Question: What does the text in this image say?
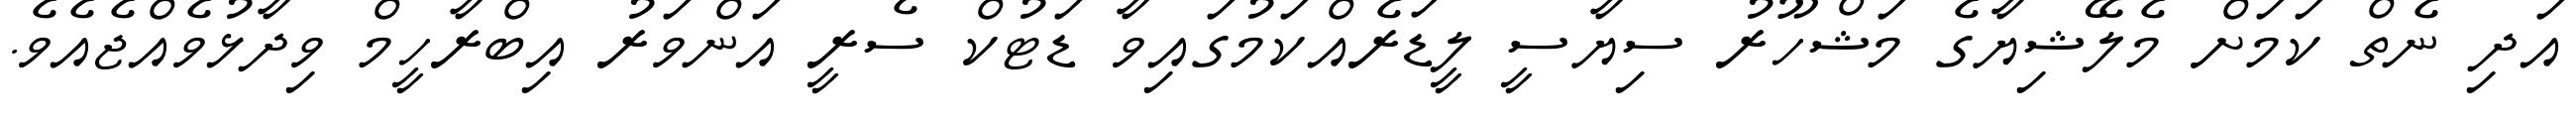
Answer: އަދި ނެތް ކަމަށް މެލޭޝިޔާގެ މަޝްހޫރު ސިޔާސީ ލީޑަރެއްކަމުގައިވާ ޑަޓުކް ސެރީ އަންވަރު އިބްރާހީމް ވިދާޅުވެއްޖެއެވެ.